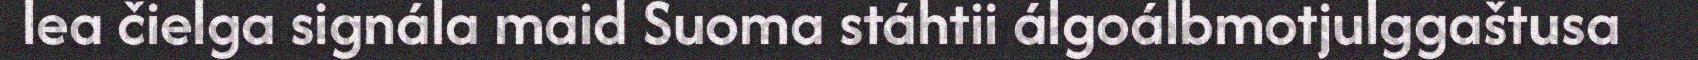
lea čielga signála maid Suoma stáhtii álgoálbmotjulggaštusa